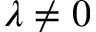
\lambda \neq 0